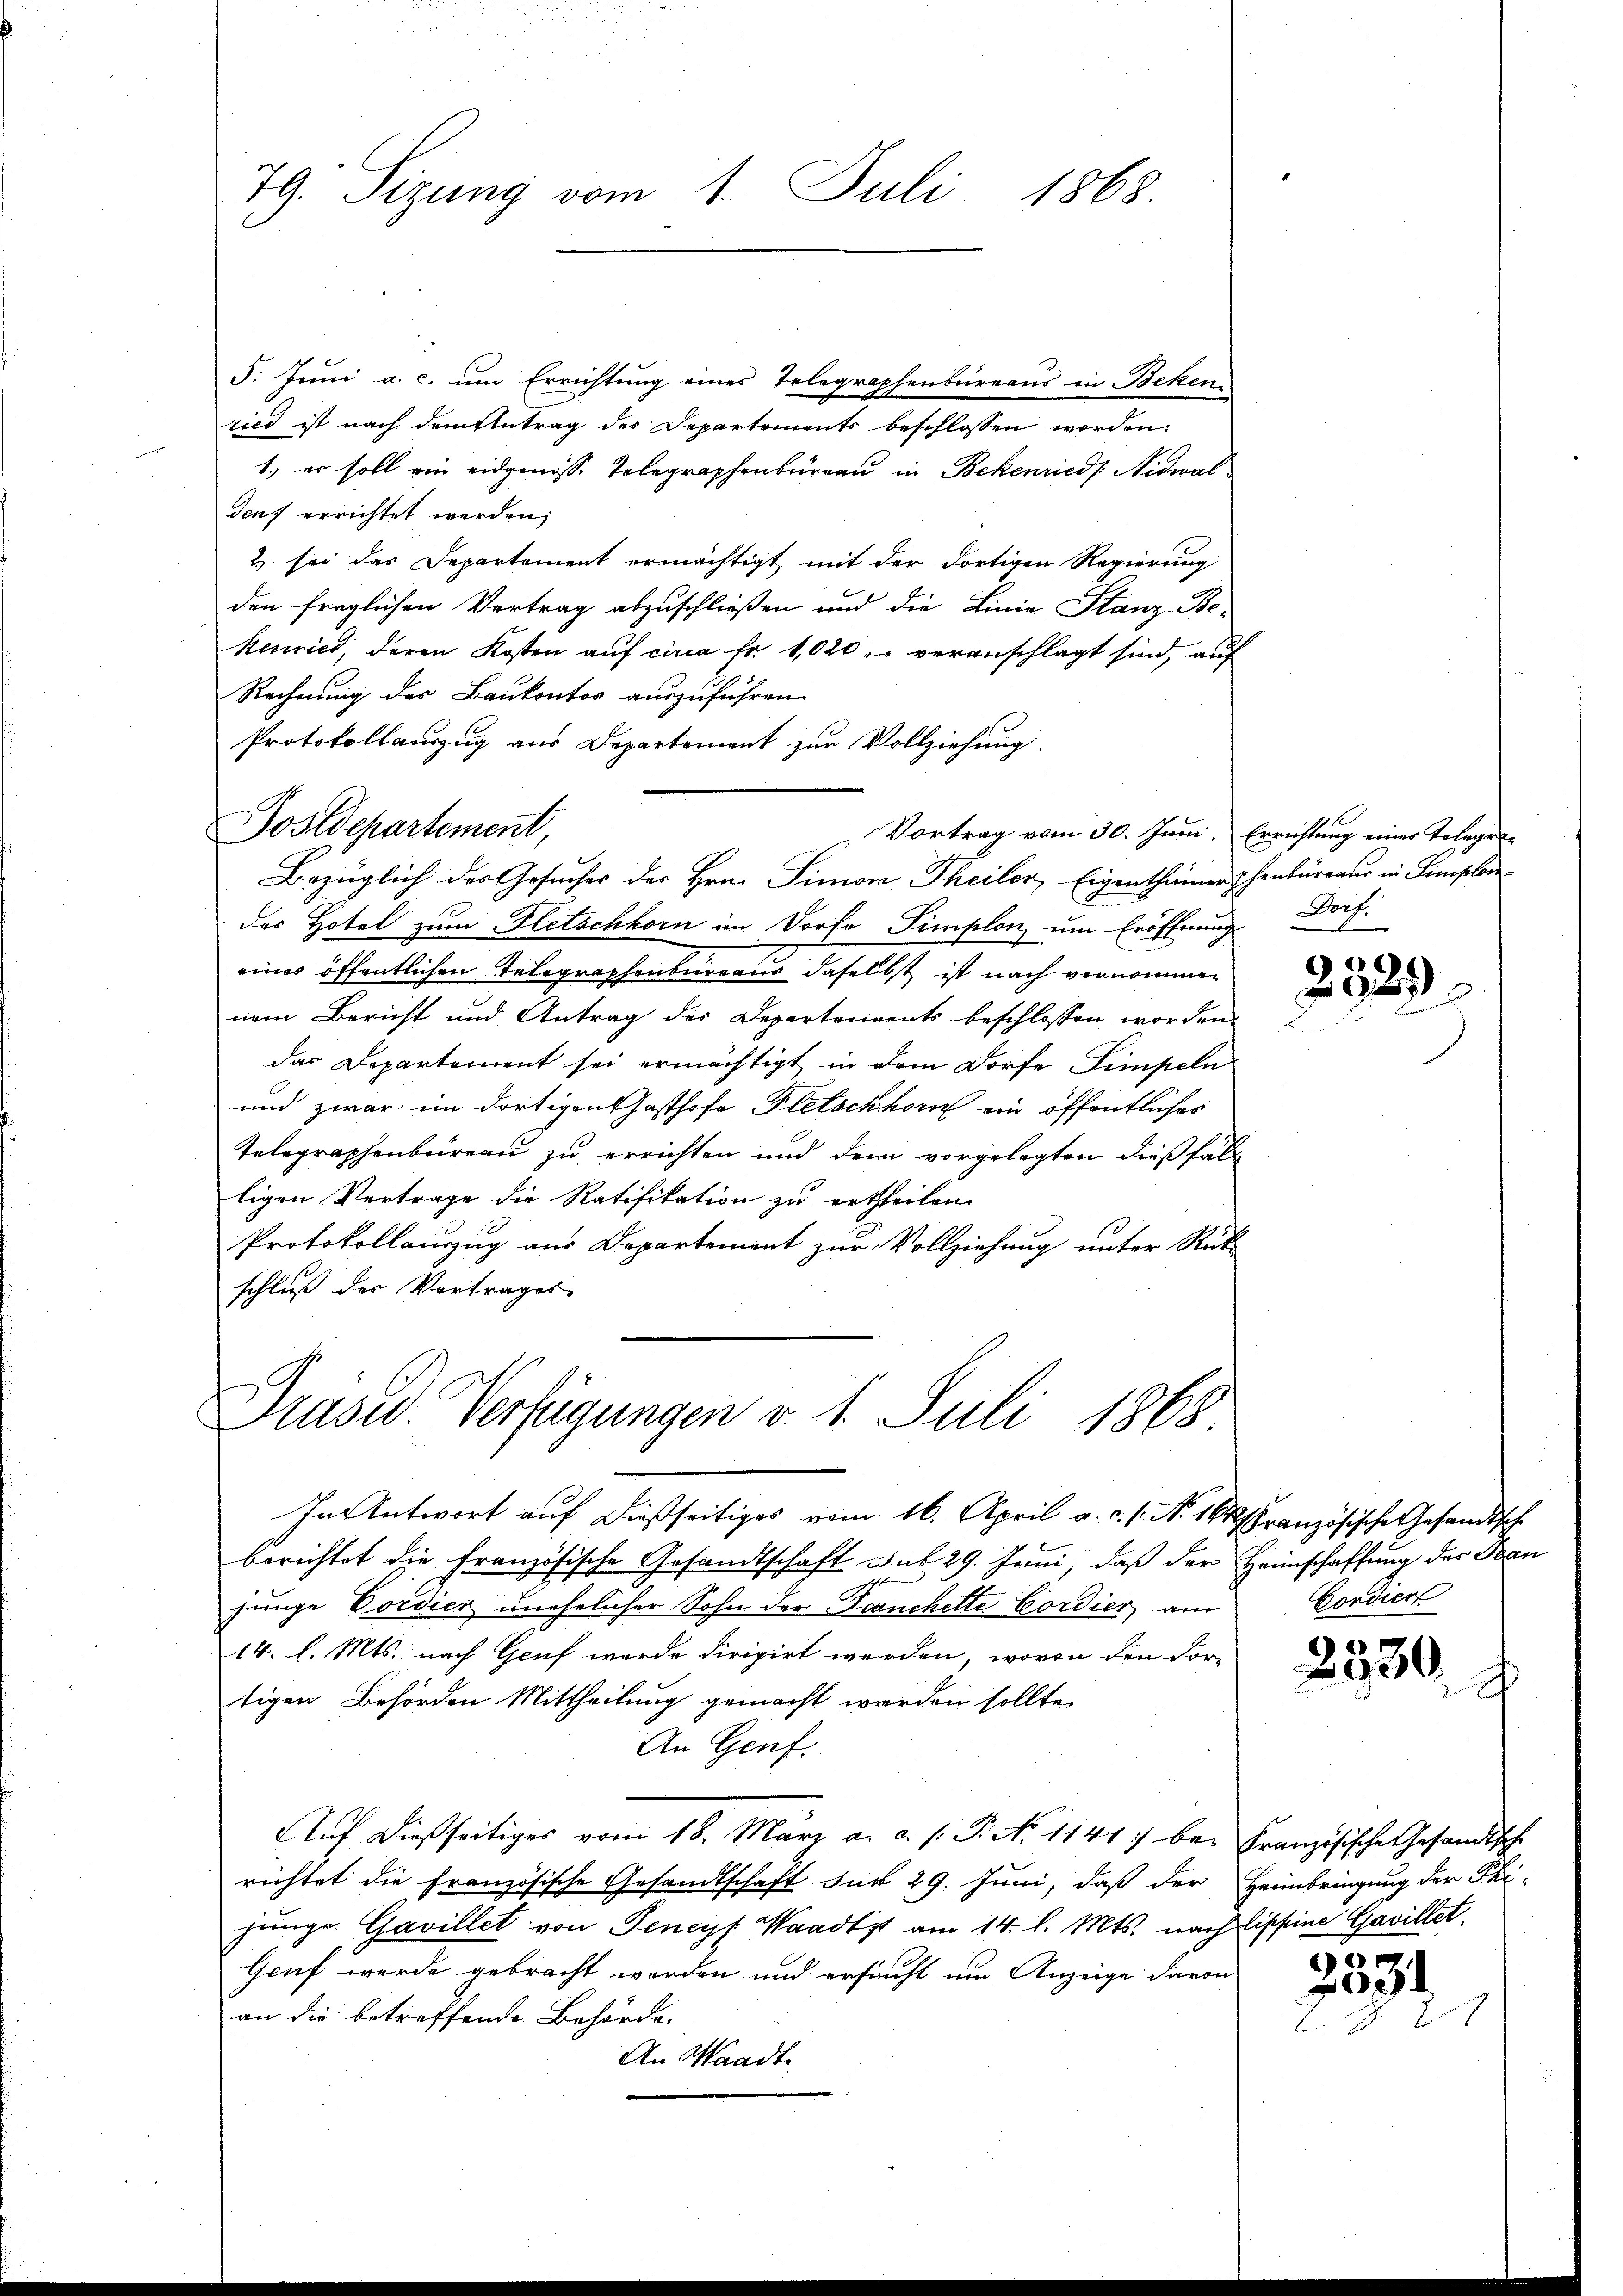
79. Sizung vom 1. Juli 1868.

5. Juni a. c. um Errichtung eines Telegraphenbureaus in Bekenried ist nach dem Antrag der Departements beschlossen worden.
1., er soll ein eidgenosse Telegraphenburgau in Bekenried Nidwal
deuf errichtet werden;
2) sei das Departement ermächtigt mit der dortigen Regierung
den fraglichen Vertrag abzuschließen und die Linie Stanz-Be-
kenries, deren Kosten auf circa Fr. 1020. veranschlagt sind, auf
Rechnung des Baukontor auszuführen.
Protokollauszug aus Departement zur Vollziehung.

Postdepartement,
Vortrag vom 30. Juni, Errichtung eines Telegel-

Präsid. Verfügungen v. 1. Juli 1868.
In Antwort auf dießseitiges vom 16. April a. c. s. N. 164. Französische Gesandtsche

Bezüglich des Gesuches des Hrn. Simon Theiler, Eigenthümer phenbüreaus in Simplere
des Hotel zum Gletschkorn im Dorfe Simplon um Eröffnung
eines öffentlichen Telegraphenbureaus daselbst ist nach vernommen
nem Bericht und Antrag des Departenvents beschlossen worden.
das Departement sei ermächtigt in dem Dorfe Simpeln
und zwar im dortigen hasthofe Pletschhorn ein öffentlicher
Telegraphenbureau zu errichten und dem vorgelegten dießfall
ligen Vertrage die Ratifikation zu ertheilen.
Protokollauszug aus Departement zur Vollziehung unter Rück-
schluß der Vortrages

berichtet die Französische Gesandtschaft sub 29. Juni, daß der Heimschaffung des Grau
junge Pordier unehelicher Sohn der Franchette Cordier, am
14. l. Mts. nach Genf wurde dirigirt werden, wovon den Vor-
tigen Behörden Mittheilung gemacht werden sollte,
An Genf.
Auf dießseitiges vom 18. März a. c. s. S. N. 1141) bei Französische Gesandtsch
richtet die Französische Gesandtschaft der 29. Juni, daß der Heimbringung der Phijunge Gavillet von Tencyf Waadtzt am 14. l. Mts. nach Lischeine Gavillet.
Gruf werde gebracht werden und ersucht um Anzeige davon
an die betreffende Behörde.
An Waadt

Dorf.

)
323

Condiert

2330

2234